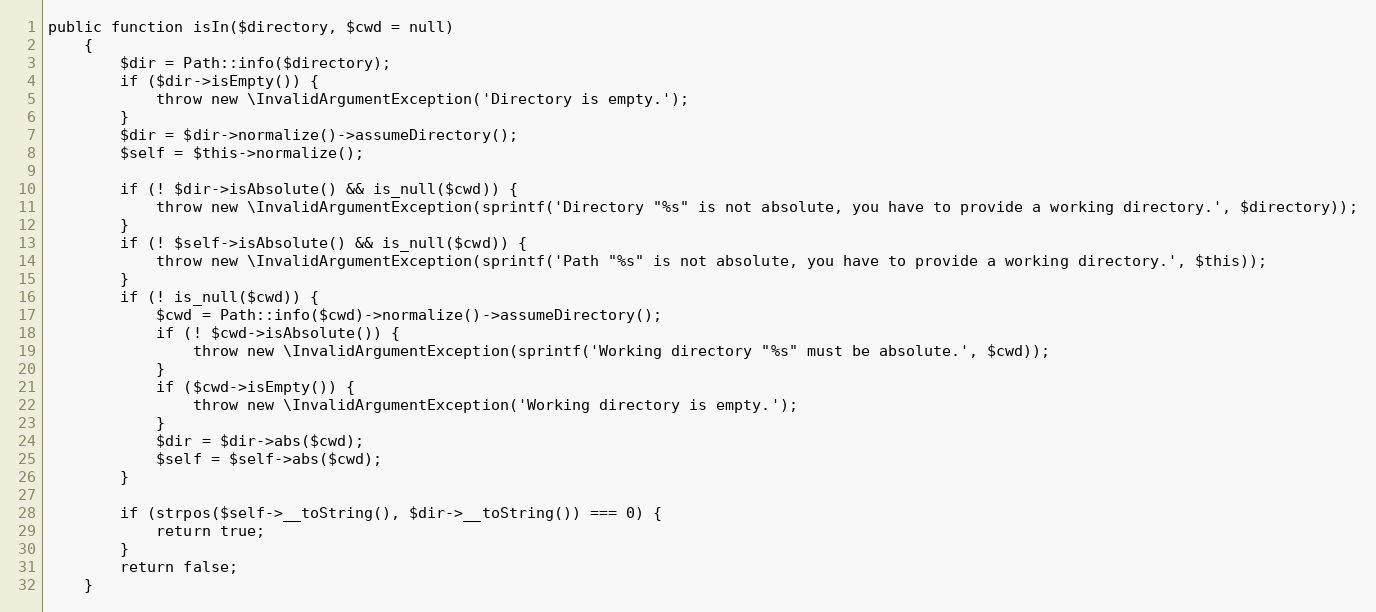
Language: PHP
public function isIn($directory, $cwd = null)
	{
		$dir = Path::info($directory);
		if ($dir->isEmpty()) {
			throw new \InvalidArgumentException('Directory is empty.');
		}
		$dir = $dir->normalize()->assumeDirectory();
		$self = $this->normalize();

		if (! $dir->isAbsolute() && is_null($cwd)) {
			throw new \InvalidArgumentException(sprintf('Directory "%s" is not absolute, you have to provide a working directory.', $directory));
		}
		if (! $self->isAbsolute() && is_null($cwd)) {
			throw new \InvalidArgumentException(sprintf('Path "%s" is not absolute, you have to provide a working directory.', $this));
		}
		if (! is_null($cwd)) {
			$cwd = Path::info($cwd)->normalize()->assumeDirectory();
			if (! $cwd->isAbsolute()) {
				throw new \InvalidArgumentException(sprintf('Working directory "%s" must be absolute.', $cwd));
			}
			if ($cwd->isEmpty()) {
				throw new \InvalidArgumentException('Working directory is empty.');
			}
			$dir = $dir->abs($cwd);
			$self = $self->abs($cwd);
		}

		if (strpos($self->__toString(), $dir->__toString()) === 0) {
			return true;
		}
		return false;
	}